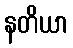
နတိယာ